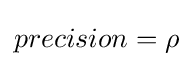
precision=\rho